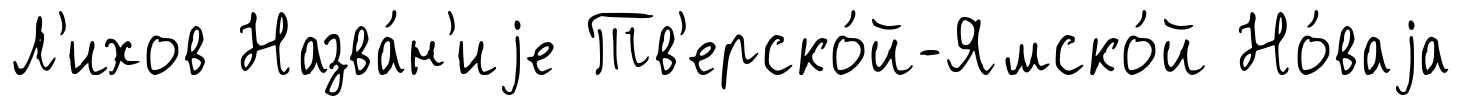
Л'ихов Назва́н'иjе Тв'ерско́й-Ямско́й Но́ваjа